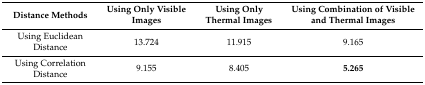
| Distance Methods | Using Only Visible Images | Using Only Thermal Images | Using Combination of Visible and Thermal Images |
 | --- | --- | --- | --- |
 | Using Euclidean Distance | 13.724 | 11.915 | 9.165 |
 | Using Correlation Distance | 9.155 | 8.405 | 5.265 |